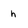
Character: h